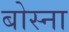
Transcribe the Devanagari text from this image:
बोस्ना